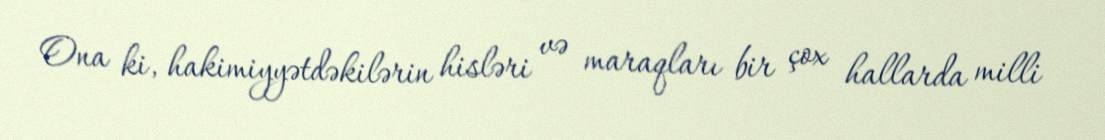
Ona ki, hakimiyyətdəkilərin hisləri və maraqları bir çox hallarda milli